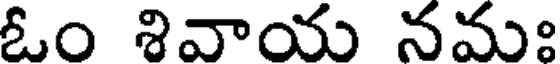
ఓం శివాయ నమః